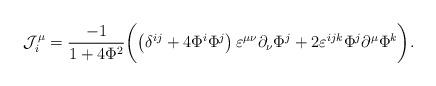
LaTeX: \begin{align*}{\cal J}_i^\mu =\frac{-1}{1+4{\Phi }^2}\biggl( \left(\delta ^{ij}+4\Phi ^i\Phi ^j\right) \varepsilon ^{\mu \nu }\partial _\nu\Phi ^j+2\varepsilon ^{ijk}\Phi ^j\partial ^\mu \Phi ^k\biggr) .\end{align*}